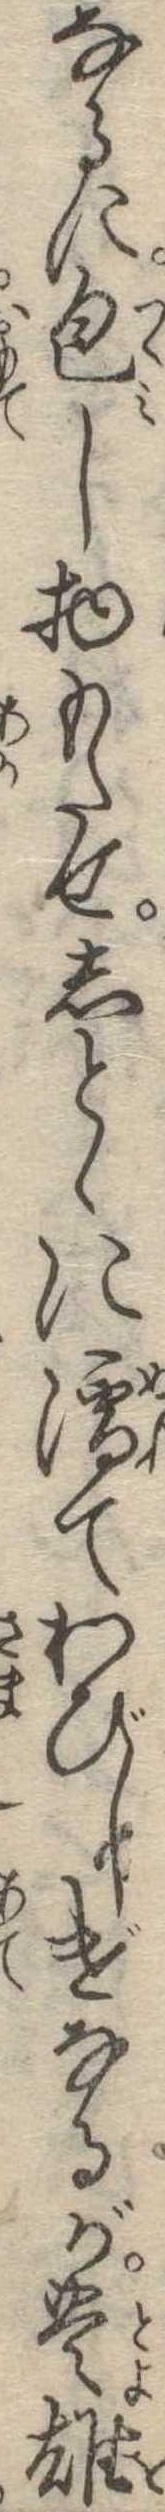
なるに包し物もたせしとゞに濡てわびしげなるが豊雄